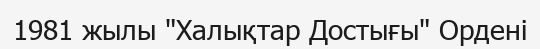
1981 жылы "Халықтар Достығы" Ордені